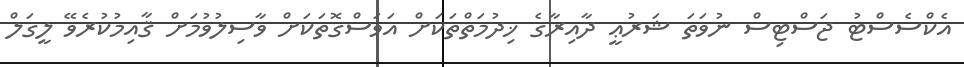
އެކްސެސްޓު ޖަސްޓިސް ނުވަތަ ޝަރުޢީ ދާއިރާގެ ޚިދުމަތްތަކަށް އަވަސްގޮތަކަށް ވާސިލުވުމަށް ޤާއިމުކުރެވޭ ލީގަލް